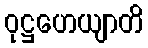
ဝုဋ္ဌဟေယျာတိ